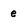
Character: e